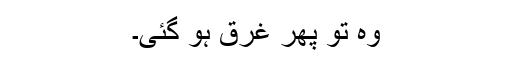
وہ تو پھر غرق ہو گئی۔